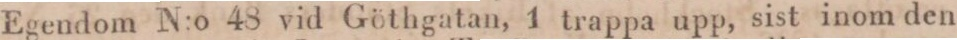
Egendom N:o 48 vid Göthgatan, 1 trappa upp, sist inom den